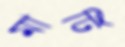
মার্টি